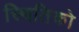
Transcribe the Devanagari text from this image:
स्थितिको